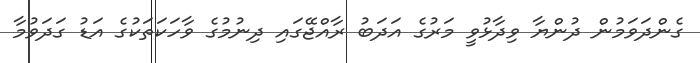
ގެންދަވަމުން ދުންޔާ ވިދާޅުވީ މަރުގެ އަދަބު ރާއްޖޭގައި ދިނުމުގެ ވާހަކަތަކުގެ އަޑު ގަދަވުމާ